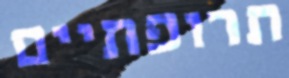
תרופתיים